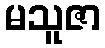
မသူဇာ